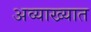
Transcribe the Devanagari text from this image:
अव्याख्यात